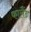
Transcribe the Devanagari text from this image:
फालैंड